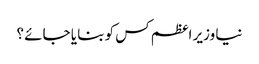
نیا وزیر اعظم کس کو بنا یا جائے ؟